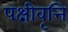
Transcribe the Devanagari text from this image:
पक्षीवृत्ति